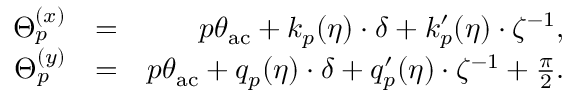
\begin{array} { r l r } { \Theta _ { p } ^ { ( x ) } } & { = } & { p \theta _ { \mathrm { a c } } + k _ { p } ( \eta ) \cdot \delta + k _ { p } ^ { \prime } ( \eta ) \cdot \zeta ^ { - 1 } , } \\ { \Theta _ { p } ^ { ( y ) } } & { = } & { p \theta _ { \mathrm { a c } } + q _ { p } ( \eta ) \cdot \delta + q _ { p } ^ { \prime } ( \eta ) \cdot \zeta ^ { - 1 } + \frac { \pi } { 2 } . } \end{array}